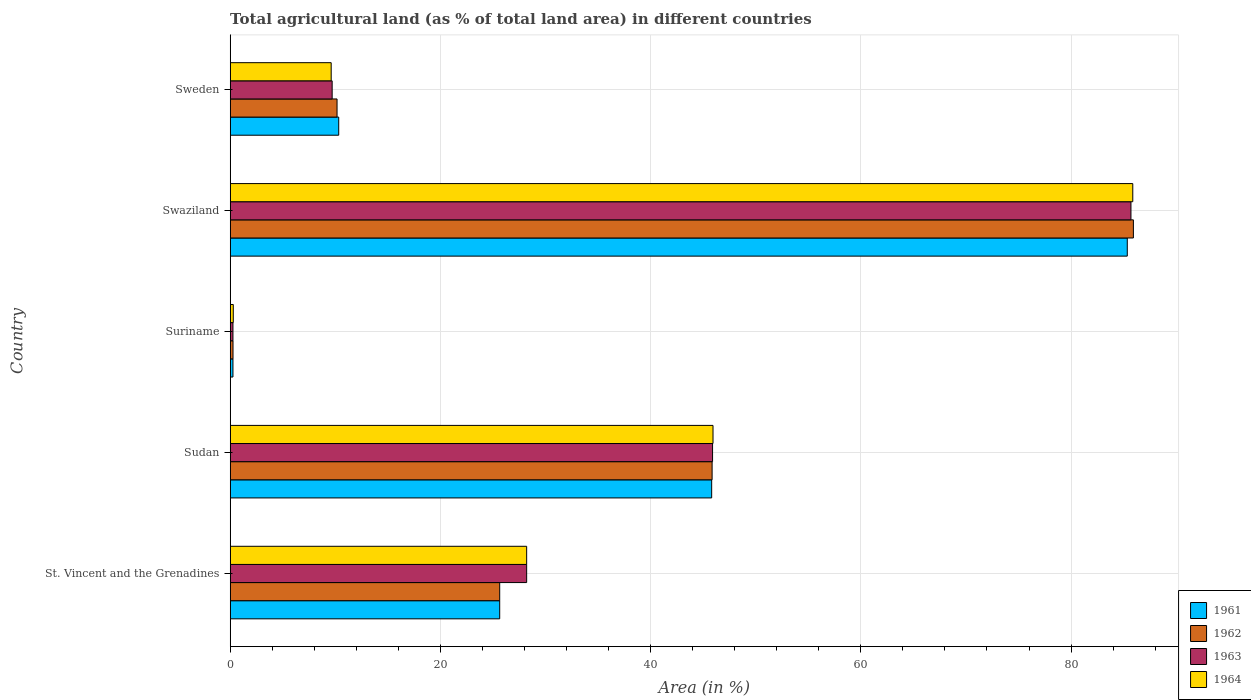
| Country | 1961 | 1962 | 1963 | 1964 |
 | --- | --- | --- | --- | --- |
 | St. Vincent and the Grenadines | 25.6 | 25.6 | 28.2 | 28.2 |
 | Sudan | 45.8 | 45.9 | 45.9 | 45.9 |
 | Suriname | 0.263 | 0.269 | 0.263 | 0.295 |
 | Swaziland | 85.3 | 85.9 | 85.7 | 85.9 |
 | Sweden | 10.3 | 10.2 | 9.7 | 9.61 |